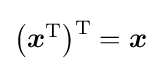
\textstyle {\bigl (}{\boldsymbol {x}}^{\rm {T}}{\bigr )}{\vphantom {)}}^{\rm {T}}={\boldsymbol {x}}